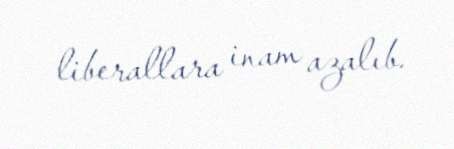
liberallara inam azalıb.